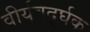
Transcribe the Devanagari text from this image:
वीर्यवर्द्घक